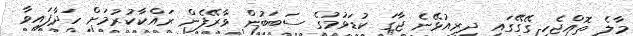
މާލެ ތޮއްޖެހި ގޭގޭގައި ދިރިއުޅޭނެ ޖާގަ ކުޑަވުމުގެ ސަބަބުން ވާރޭފެން ރައްކާކުރުމަށް ހަދާފައިވާ